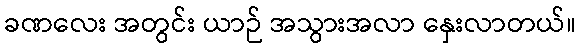
ခဏလေး အတွင်း ယာဉ် အသွားအလာ နှေးလာတယ်။